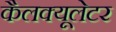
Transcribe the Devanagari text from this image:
कैलक्यूलेटर